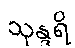
သုန္ဒရိ